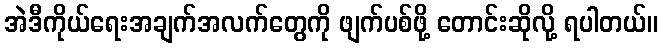
အဲဒီကိုယ်ရေးအချက်အလက်တွေကို ဖျက်ပစ်ဖို့ တောင်းဆိုလို့ ရပါတယ်။